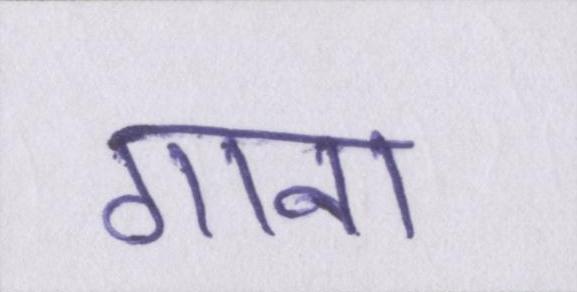
गाना